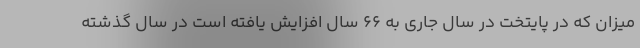
میزان که در پایتخت در سال جاری به ۶۶ سال افزایش یافته است در سال گذشته